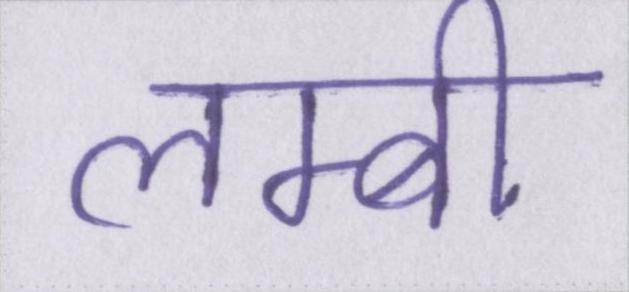
लम्बी